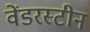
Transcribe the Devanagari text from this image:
वेंडरस्टीन